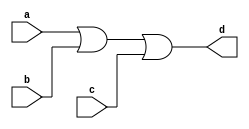
module multigate(input a, input b, input c, output d);

	or(d, a, b, c);

endmodule

module test;
	reg a, b, c;
	wire d;

	multigate m (a, b, c, d);

	initial begin 
				$monitor($time, " a=%b, b=%b, c=%b d=%b",a,b,c,d);
			#5 a=1'b0;b=1'b1;c=1'b1;
			#5 a=1'b1;b=1'b1;c=1'b1;
			#5 a=1'b1;b=1'b1;c=1'b0;
			#5 a=1'b0;b=1'b0;c=1'b0;
			#5 $finish;

		end
endmodule